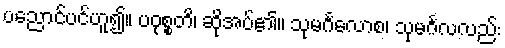
ပညောင်ပင်ဟူ၍။ ပဝုစ္စတိ၊ ဆိုအပ်၏။ သုမင်္ဂလောစ၊ သုမင်္ဂလလည်း